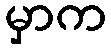
မှာက